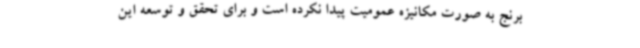
برنج به صورت مکانیزه عمومیت پیدا نکرده است و برای تحقق و توسعه این